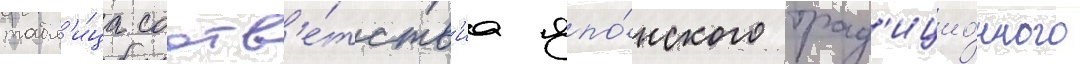
табл'и́ца соотв'е́тств'иа япо́нского трад'ицио́нного